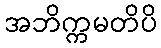
အဘိက္ကမတိပိ